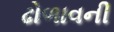
ઢોળાવની